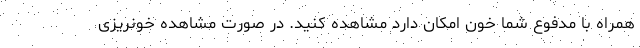
همراه با مدفوع شما خون امکان دارد مشاهده کنید. در صورت مشاهده خونریزی